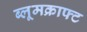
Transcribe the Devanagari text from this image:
ब्लूमक्राफ्ट